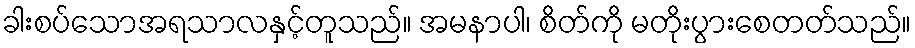
ခါးစပ်သောအရသာလနှင့်တူသည်။ အမနာပါ၊ စိတ်ကို မတိုးပွားစေတတ်သည်။